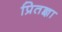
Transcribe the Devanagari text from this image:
प्रितज्ञा